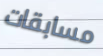
مسابقات